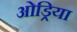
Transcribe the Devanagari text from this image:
ओड्रिया